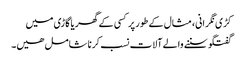
کڑی نگرانی، مثال کے طور پر کسی کے گھر یا گاڑی میں
گفتگو سننے والے آلات نسب کرنا شامل ھیں۔